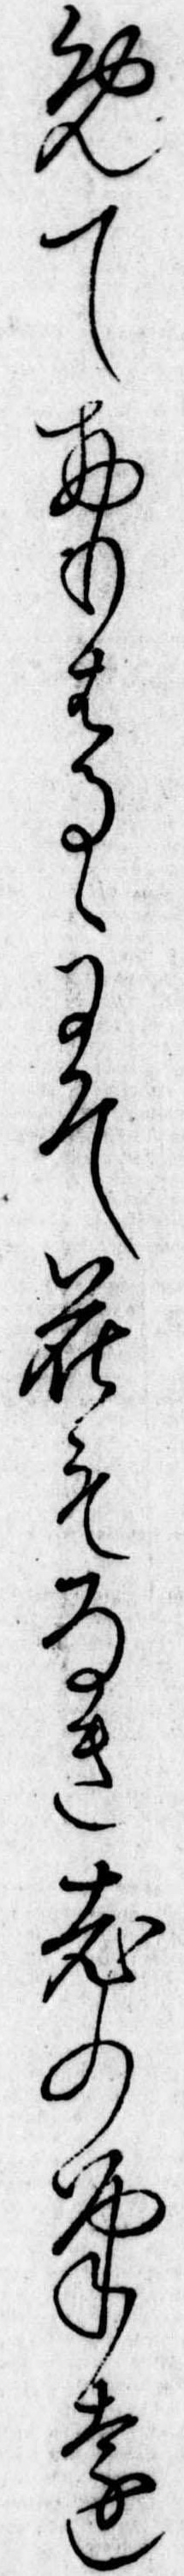
めておもはるゝにそ花もなき老の筆を